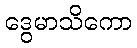
ဒွေမာသိကော